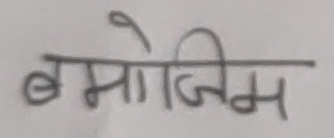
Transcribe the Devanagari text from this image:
बमोजिम